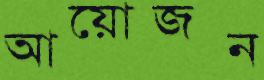
আয়োজন